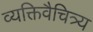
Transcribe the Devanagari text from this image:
व्यक्तिवैचित्र्य